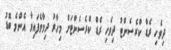
ދިވެހި ރެޑް ކްރެސެންޓު ދިވެހި ރެޑް ކްރެސެންޓަށް މިހާރު ދިމާވެފައިވާ އެންމެ ބޮޑު